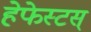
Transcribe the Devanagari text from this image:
हेफेस्टस्‌